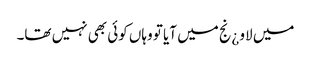
میں لاو ¿نج میں آیا تو وہاں کوئی بھی نہیں تھا۔